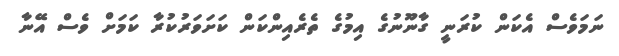
ނަމަވެސް އެކަން ކުރަނީ ގާނޫނުގެ އިމުގެ ތެރެއިންކަން ކަށަވަރުކުރާ ކަމަށް ވެސް އޭނާ